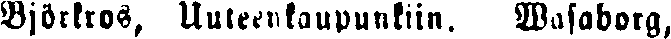
Björkros, Uuteenkaupunkiin. Wasaborg,